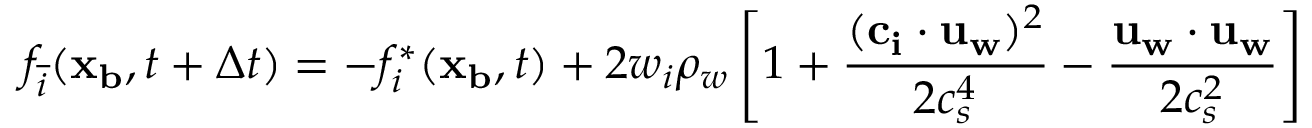
f _ { \overline { { i } } } ( \mathbf { x _ { b } } , t + \Delta t ) = - f _ { i } ^ { * } ( \mathbf { x _ { b } } , t ) + 2 w _ { i } \rho _ { w } \left[ 1 + \frac { ( \mathbf { c _ { i } } \cdot \mathbf { u _ { w } } ) ^ { 2 } } { 2 c _ { s } ^ { 4 } } - \frac { \mathbf { u _ { w } } \cdot \mathbf { u _ { w } } } { 2 c _ { s } ^ { 2 } } \right]